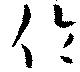
倫